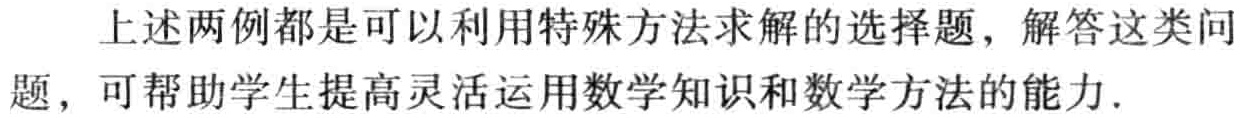
上述两例都是可以利用特殊方法求解的选择题，解答这类问题，可帮助学生提高灵活运用数学知识和数学方法的能力.